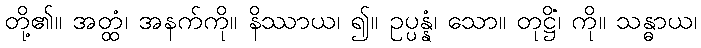
တို့၏။ အတ္ထံ၊ အနက်ကို။ နိဿာယ၊ ၍။ ဥပ္ပန္နံ၊ သော။ တုဋ္ဌိံ၊ ကို။ သန္ဓာယ၊